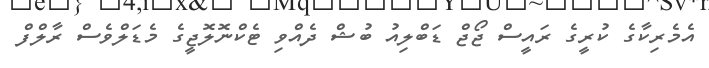
އެމެރިކާގެ ކުރީގެ ރައީސް ޖޯޖް ޑަބްލިއު ބުޝް ދެއްވި ޓެކްނޮލޮޖީގެ މެޑަލްވެސް ރާލްފް